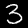
Digit: 3